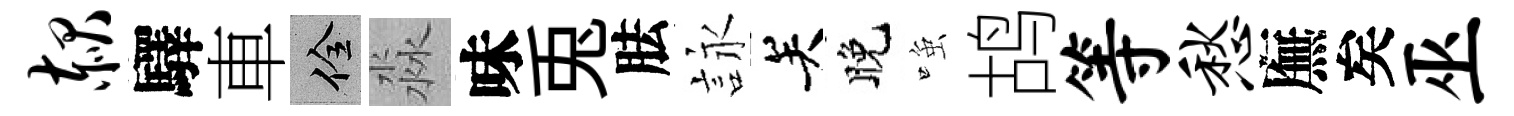
赧驛車佺淼味兎胠詠关晚𫪻鸪等愁廡矣巫